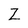
Character: Z